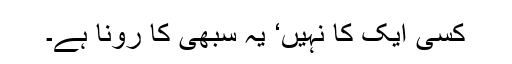
کسی ایک کا نہیں‘ یہ سبھی کا رونا ہے۔